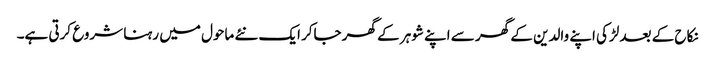
نکاح کے بعد لڑکی اپنے والدین کے گھر سے اپنے شوہر کے گھر جاکر ایک نئے ماحول میں رہنا شروع کرتی ہے۔